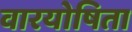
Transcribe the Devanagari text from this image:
वारयोषिता